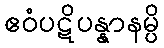
ဧဝံပဋိပန္နာနမ္ပိ